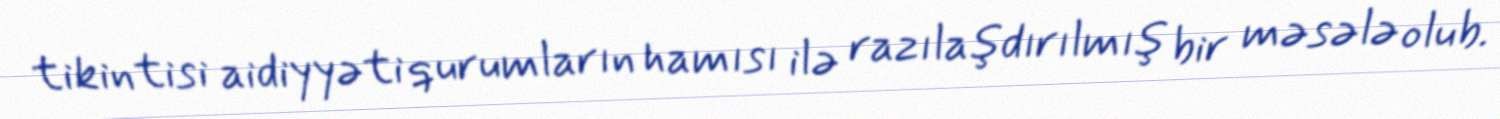
tikintisi aidiyyəti qurumların hamısı ilə razılaşdırılmış bir məsələ olub.